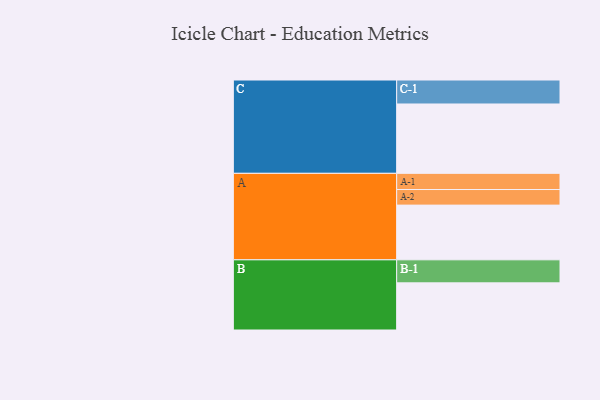
{"axis": {"x": "Segment", "y": "Value"}, "legend": ["", "A", "B", "C"], "data": [{"x": "A", "y": 456, "type": ""}, {"x": "B", "y": 393, "type": ""}, {"x": "C", "y": 578, "type": ""}, {"x": "A-1", "y": 135, "type": "A"}, {"x": "A-2", "y": 130, "type": "A"}, {"x": "B-1", "y": 192, "type": "B"}, {"x": "C-1", "y": 200, "type": "C"}]}